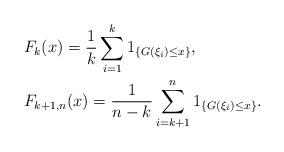
LaTeX: \begin{align*}&F_k(x)=\frac{1}{k}\sum\limits_{i=1}^k1_{\left\{G(\xi_i)\leq x\right\}},\\&F_{k+1, n}(x)=\frac{1}{n-k}\sum\limits_{i=k+1}^n1_{\left\{G(\xi_i)\leq x\right\}}.\end{align*}